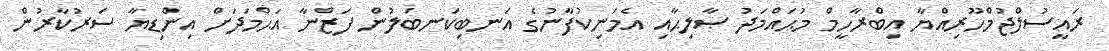
ރައީސުލްޖުމްހޫރިއްޔާ އިބްރާހީމް މުޙައްމަދު ޞާލިޙާއި އެމަނިކުފާނުގެ އަނބިކަނބަލުން ފަޒްނާ އަޙްމަދަށް އިންޑިޔާ ސަރުކާރުން